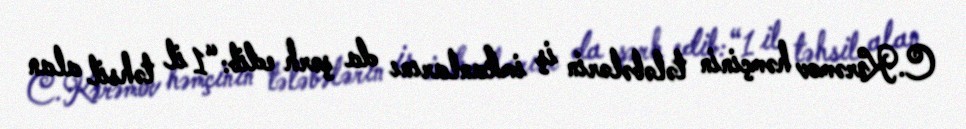
C.Kərəmov həmçinin tələbələrin iş imkanlarını da şərh edib: “1 il təhsil alan